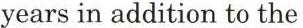
years in addition to the